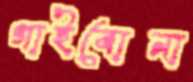
গাইবোনা